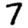
Digit: 7